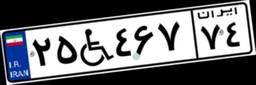
۲۵W۴۶۷۷۴